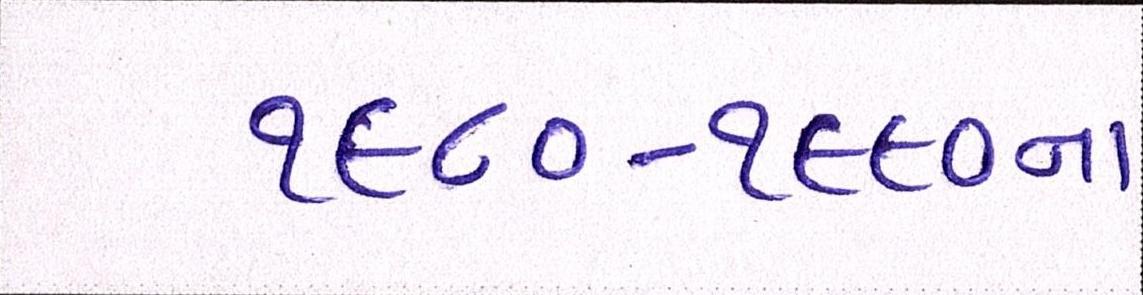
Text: ૧૯૮૦-૧૯૯૦ના